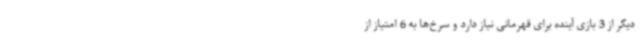
دیگر از 3 بازی آینده برای قهرمانی نیاز دارد و سرخ‌ها به 6 امتیاز از